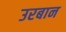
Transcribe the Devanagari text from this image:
उरबान